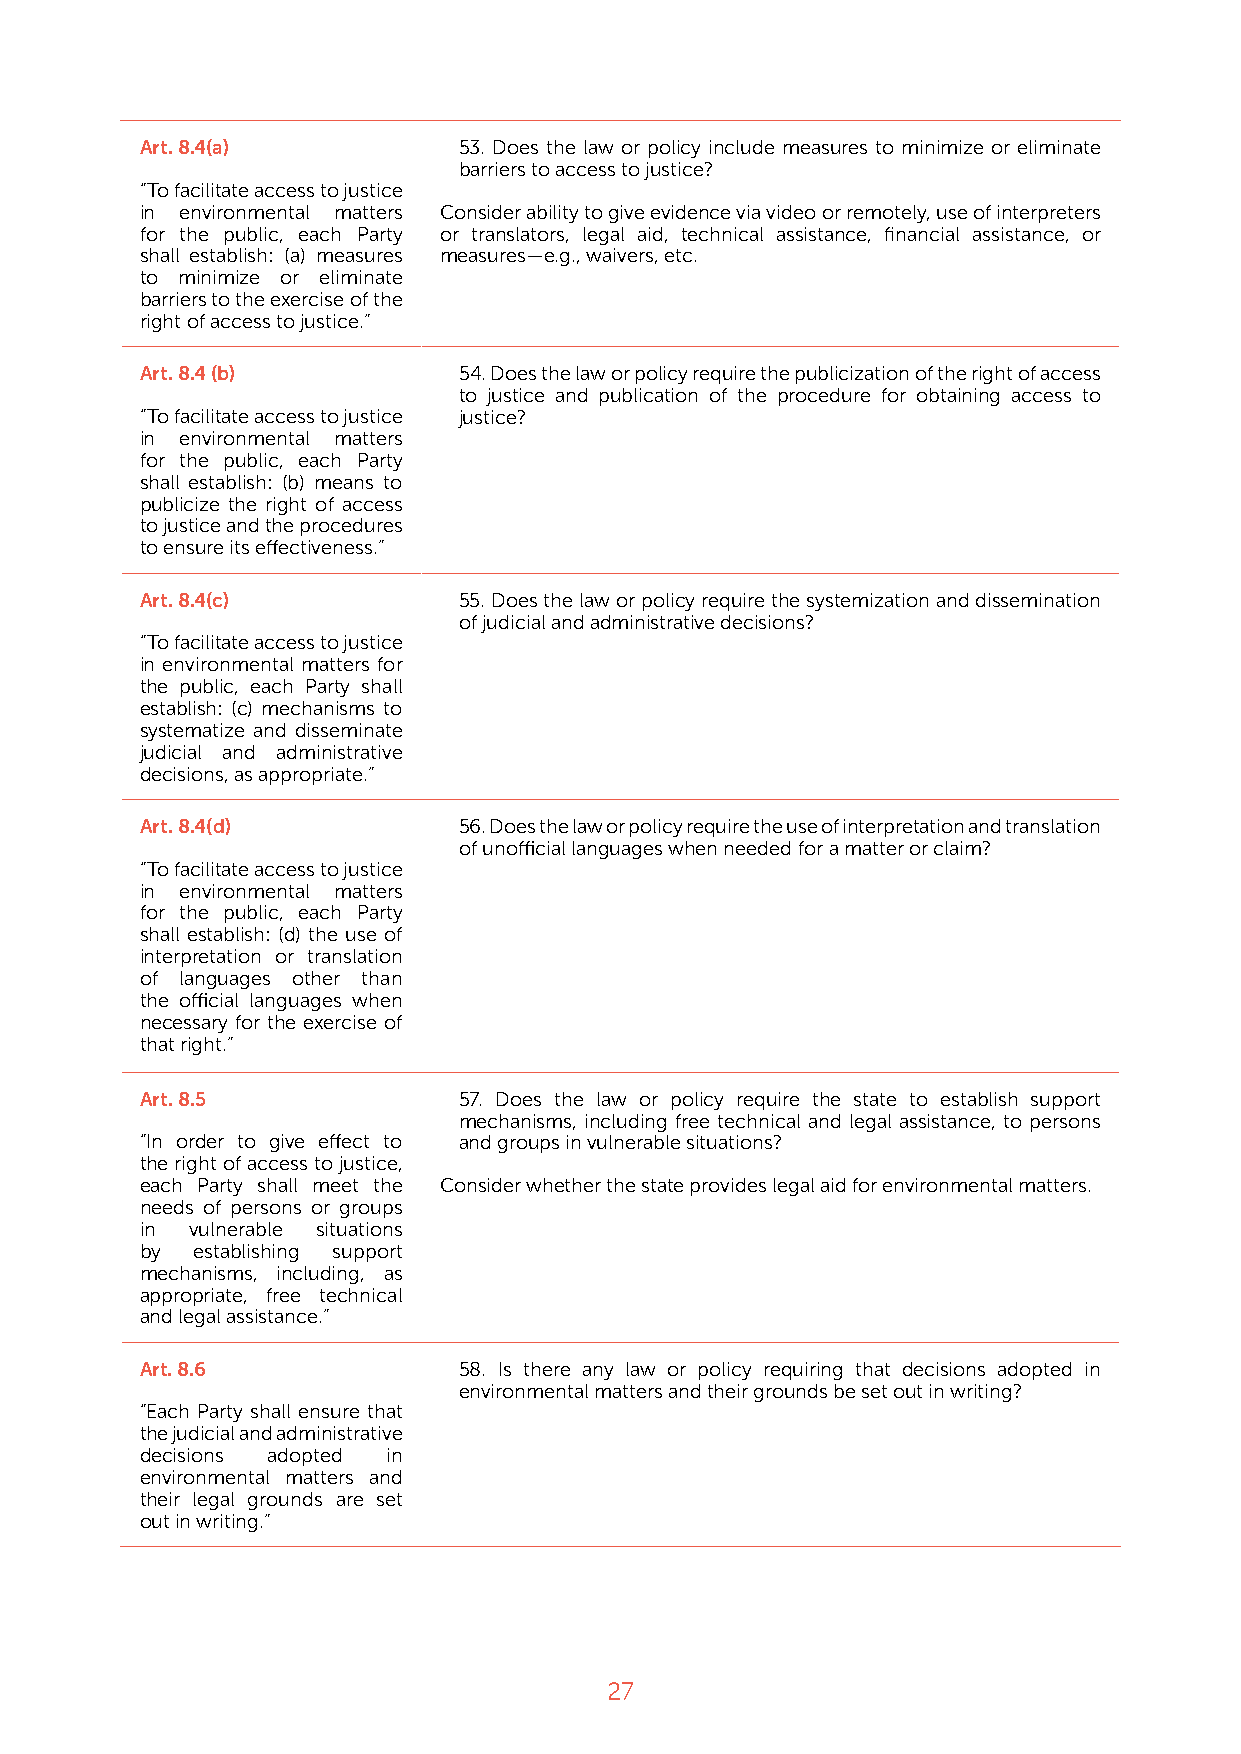
Art. 8.4(a)          53. Does the law or policy include measures to minimize or eliminate
 barriers to access to justice?
 “To facilitate access to justice
 in environmental matters Consider ability to give evidence via video or remotely, use of interpreters
 for the public, each Party or translators, legal aid, technical assistance, financial assistance, or
 shall establish: (a) measures measures—e.g., waivers, etc.
 to minimize or eliminate
 barriers to the exercise of the
 right of access to justice.”
 Art. 8.4 (b)         54. Does the law or policy require the publicization of the right of access
 to justice and publication of the procedure for obtaining access to
 “To facilitate access to justice justice?
 in environmental matters
 for the public, each Party
 shall establish: (b) means to
 publicize the right of access
 to justice and the procedures
 to ensure its effectiveness.”
 Art. 8.4(c)          55. Does the law or policy require the systemization and dissemination
 of judicial and administrative decisions?
 “To facilitate access to justice
 in environmental matters for
 the public, each Party shall
 establish: (c) mechanisms to
 systematize and disseminate
 judicial and administrative
 decisions, as appropriate.”
 Art. 8.4(d)          56. Does the law or policy require the use of interpretation and translation
 of unofficial languages when needed for a matter or claim?
 “To facilitate access to justice
 in environmental matters
 for the public, each Party
 shall establish: (d) the use of
 interpretation or translation
 of languages other than
 the official languages when
 necessary for the exercise of
 that right.”
 Art. 8.5             57. Does the law or policy require the state to establish support
 mechanisms, including free technical and legal assistance, to persons
 “In order to give effect to and groups in vulnerable situations?
 the right of access to justice,
 each Party shall meet the Consider whether the state provides legal aid for environmental matters.
 needs of persons or groups
 in  vulnerable situations
 by  establishing support
 mechanisms, including, as
 appropriate, free technical
 and legal assistance.”
 Art. 8.6             58. Is there any law or policy requiring that decisions adopted in
 environmental matters and their grounds be set out in writing?
 “Each Party shall ensure that
 the judicial and administrative
 decisions adopted in
 environmental matters and
 their legal grounds are set
 out in writing.”
 27